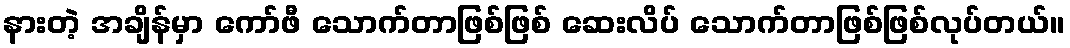
နားတဲ့ အချိန်မှာ ကော်ဖီ သောက်တာဖြစ်ဖြစ် ဆေးလိပ် သောက်တာဖြစ်ဖြစ်လုပ်တယ်။